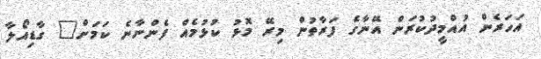
އަހަރެން އުއްމީދުކުރަން އޭނާގެ ފަރާތުން މިރޭ މޮޅު ކުޅުމެއް ފެންނާނެ ކަމަށް" ގާޑިއޯލާ